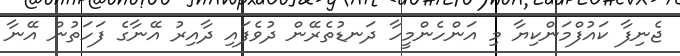
ޖެނިފާ ކައުފްމަންކިޔާ މި އަންހެންމީހާ ދަނޑުތެރޭން ދުވެފައި ދާއިރު އޭނާގެ ފަހަތުން އޭނާ